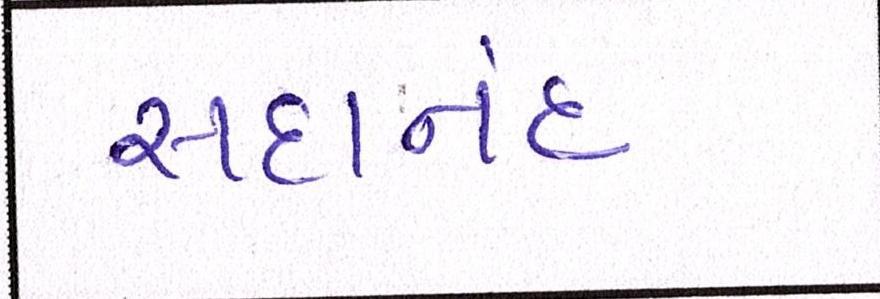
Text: સદાનંદ